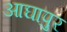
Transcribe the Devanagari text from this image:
आघापुर